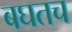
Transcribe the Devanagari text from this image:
बघतच